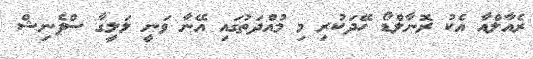
ރެއާލްއާ އެކު ރޮނާލްޑޯ ހޭދަކުރި މި މުއްދަތުގައި އޭނާ ވަނީ ލަލީގާ ސްޕެނިޝް